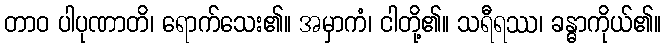
တာဝ ပါပုဏာတိ၊ ရောက်သေး၏။ အမှာကံ၊ ငါတို့၏။ သရီရဿ၊ ခန္ဓာကိုယ်၏။